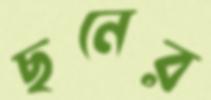
ছনের